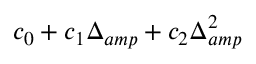
c _ { 0 } + c _ { 1 } \Delta _ { a m p } + c _ { 2 } \Delta _ { a m p } ^ { 2 }